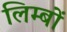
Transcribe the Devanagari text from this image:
लिम्बों